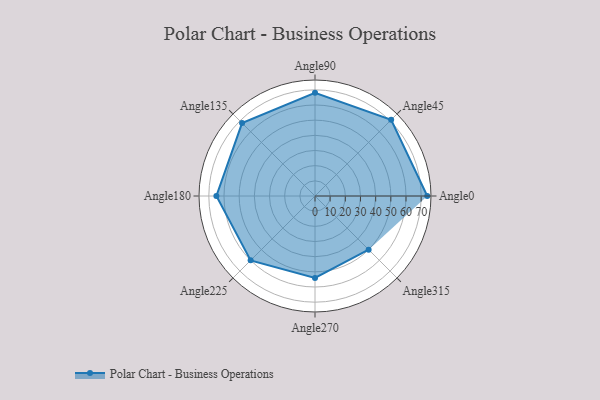
{"axis": {"x": "Angle", "y": "Radius"}, "legend": [""], "data": [{"x": "Angle0", "y": 74.0, "type": ""}, {"x": "Angle45", "y": 71.0, "type": ""}, {"x": "Angle90", "y": 68.0, "type": ""}, {"x": "Angle135", "y": 68.0, "type": ""}, {"x": "Angle180", "y": 65.0, "type": ""}, {"x": "Angle225", "y": 60.0, "type": ""}, {"x": "Angle270", "y": 54.0, "type": ""}, {"x": "Angle315", "y": 50, "type": ""}]}